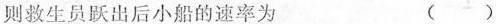
则救生员跃出后小船的速率为 ()